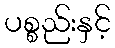
ပစ္စည်းနှင့်